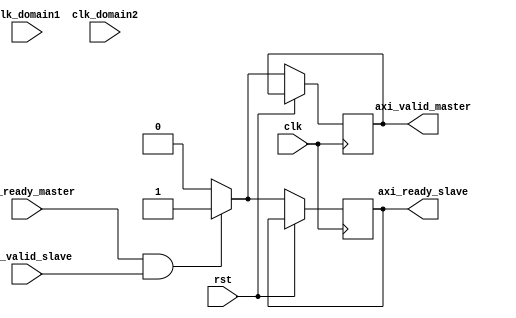
module TimingControlAndSync (
    input wire clk,                 // Clock
    input wire rst,                 // Reset
    input wire clk_domain1,         // Clock domain 1
    input wire clk_domain2,         // Clock domain 2
    input wire axi_ready_master,    // Ready signal from AXI master
    input wire axi_valid_slave,     // Valid signal from AXI slave
    output wire axi_ready_slave,    // Ready signal to AXI slave
    output wire axi_valid_master    // Valid signal to AXI master
);

// Clock domain crossing module
always @(posedge clk) begin
    if (rst) begin
        // Reset logic
    end else begin
        if (clk_domain1) begin
            // Data transfer logic from clk_domain1 to clk_domain2
        end else if (clk_domain2) begin
            // Data transfer logic from clk_domain2 to clk_domain1
        end
    end
end

// Flow control logic
always @(posedge clk) begin
    if (rst) begin
        // Reset logic
    end else begin
        if (axi_ready_master && axi_valid_slave) begin
            axi_ready_slave <= 1'b1;
            axi_valid_master <= 1'b1;
        end else begin
            axi_ready_slave <= 1'b0;
            axi_valid_master <= 1'b0;
        end
    end
end

// Multiplexing and demultiplexing logic
always @(posedge clk) begin
    if (rst) begin
        // Reset logic
    end else begin
        // Multiplexing and demultiplexing logic
    end
end

endmodule